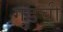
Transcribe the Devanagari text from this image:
गुडची